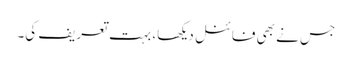
جس نے بھی فائنل دیکھا، بہت تعریف کی۔